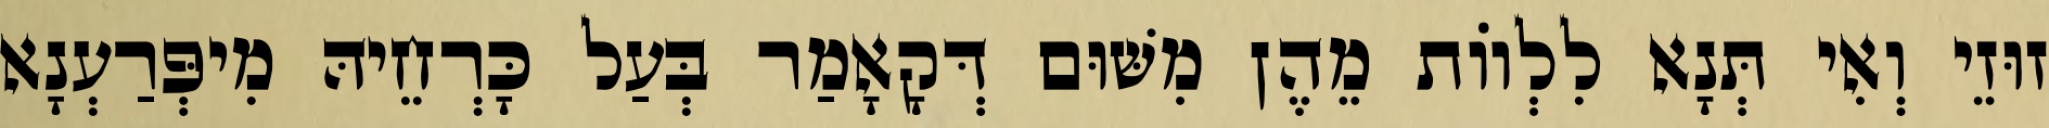
זוּזֵי וְאִי תְּנָא לִלְווֹת מֵהֶן מִשּׁוּם דְּקָאָמַר בְּעַל כָּרְחֵיהּ מִיפְּרַעְנָא